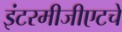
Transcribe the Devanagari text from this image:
इंटरमीजीएटचे